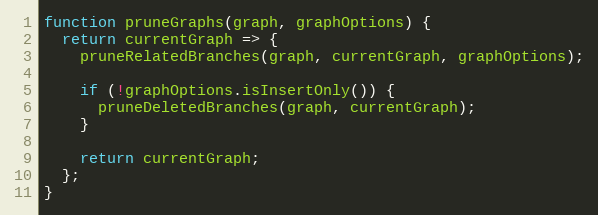
Language: JavaScript
function pruneGraphs(graph, graphOptions) {
  return currentGraph => {
    pruneRelatedBranches(graph, currentGraph, graphOptions);

    if (!graphOptions.isInsertOnly()) {
      pruneDeletedBranches(graph, currentGraph);
    }

    return currentGraph;
  };
}